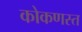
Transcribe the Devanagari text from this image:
कोकणस्त